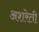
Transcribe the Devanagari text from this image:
अशरेती